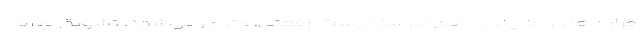
قرار دهند، اما چندان هم کارساز نیست. رفعتی، متذکر می‌شود: تشویق صرف